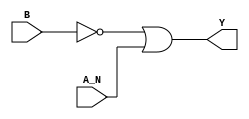
module sky130_fd_sc_ms__nand2b (
    Y  ,
    A_N,
    B
);

    // Module ports
    output Y  ;
    input  A_N;
    input  B  ;

    // Local signals
    wire not0_out ;
    wire or0_out_Y;

    //  Name  Output     Other arguments
    not not0 (not0_out , B              );
    or  or0  (or0_out_Y, not0_out, A_N  );
    buf buf0 (Y        , or0_out_Y      );

endmodule